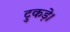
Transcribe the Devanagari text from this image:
टुकड़े।